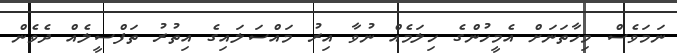
ނަމަވެސް މިހާތަނަށް އެމީހުންގެ ހިލަމެއް ނުވާ އިރު މައްސަލައިގެ އިތުރު ތަފްސީލެއް ދެވެން